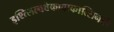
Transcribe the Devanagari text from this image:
इश्त्लिल्क्वेकावाकात्सिनची